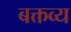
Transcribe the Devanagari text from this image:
बक्तव्य